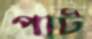
পাট